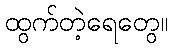
ထွက်တဲ့ရေတွေ။